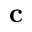
\textbf { c }